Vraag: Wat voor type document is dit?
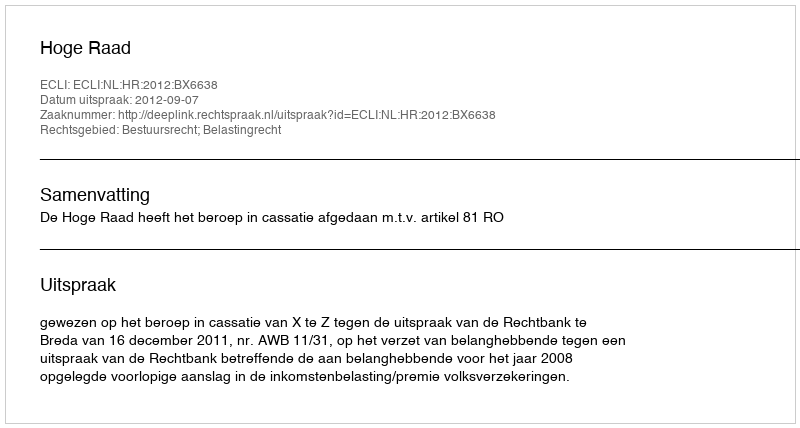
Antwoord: Uitspraak